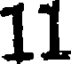
11